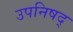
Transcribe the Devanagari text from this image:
उपनिषद्